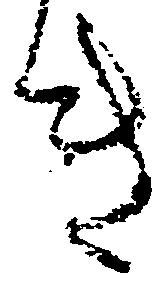
き